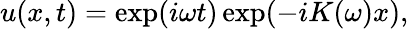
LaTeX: u(x,t)=\exp(i\omega t)\exp(-iK(\omega)x),